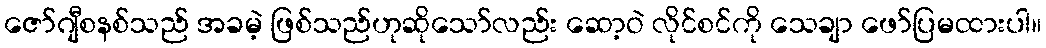
ဇော်ဂျီစနစ်သည် အခမဲ့ ဖြစ်သည်ဟုဆိုသော်လည်း ဆော့ဝဲ လိုင်စင်ကို သေချာ ဖော်ပြမထားပါ။